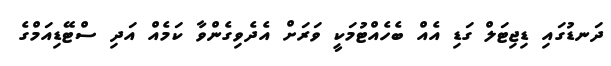
ދަނޑުގައި ޑިޖިޓަލް ގަޑި އެއް ބެހެއްޓުމަކީ ވަރަށް އެދެވިގެންވާ ކަމެއް އަދި ސްޓޭޑިއަމްގެ